Vaccination in the Punjab 1897-1904 - 1897-1904
Year: 1897
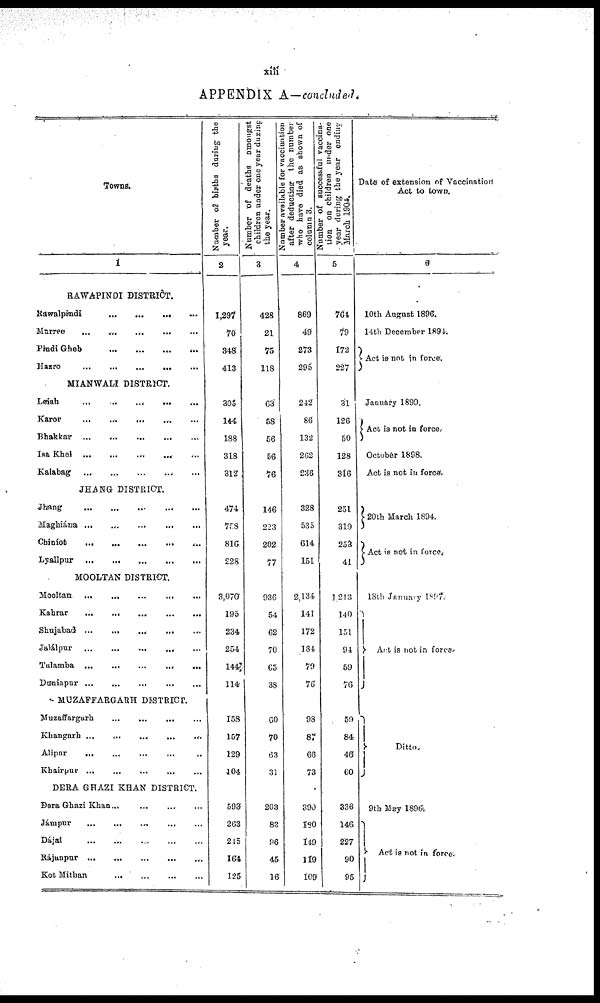
xiii
APPENDIX A—concluded.
Towns.
1
RAWAPINDI DISTRICT.
Rawalpindi
...
...
...
...
Murree
...
...
...
...
...
Pindi Gheb
...
...
...
...
Hazro
...
...
...
...
...
MIANWALI DISTRICT.
Leiah
...
...
...
...
...
Karor
...
...
... ... ...
Bhakkar ...
...
...
...
...
Isa Khel ... ... ... ... ...
Kalabag
...
...
...
...
...
JHANG DISTRICT.
Jhang
...
...
... ... ...
Maghiána ...
...
Chiníot
...
...
...
...
...
Lyallpur
...
...
...
...
...
MOOLTAN DISTRICT.
Mooltan ... ... ... ... ...
Kahrar ... ... ... ... ...
Shujabad
...
...
...
...
...
Jalálpur
...
...
...
...
...
Tulamba
...
...
...
...
...
Duniapnr ... ... ... ... ...
MUZAFFARGARH DISTRICT.
Muzaffargarh ... ... ... ...
Khangarh
...
...
...
...
...
Alipur ... ... ... ... ...
Khairpur ... ... ... ... ...
DERA GHAZI KHAN DISTRICT.
Dera Ghazi Khan... ... ... ...
Jámpur
...
...
...
...
...
Dájal
...
...
...
...
...
Rájanpur ...
...
...
...
...
Kot Mithan
...
...
...
...
...
Number of births during the
year.
2
1,297
70
348
413
305
144
88
318
312
474
758
816
228
3,070
195
234
254
144
114
158
157
129
404
593
263
215
164
125
Number of deaths amongst
children under one year during
the year.
3
428
21
75
118
63
58
56
56
76
146
223
202
77
936
54
62
70
65
38
60
70
63
31
203
83
96
45
16
Number available for vaccination
after deducting the number
who have died as shown of
column 3.
4
869
49
273
295
242
86
132
262
236
328
535
614
151
2,134
141
172
134
79
76
98
87
66
73
390
180
149
119
109
Number of successful vaccina-
tion on children under one
year during the year ending
March 1904.
5
764
79
172
227
31
126
50
128
316
251
319
253
41
1,213
140
151
94
59
76
59
84
46
60
336
146
227
90
95
Date of extension of Vaccination
Act to town.
6
10th August 1896.
14th December 1894.
Act is not in force.
January 1899.
Act is not in force.
October 1898.
Act is not in force.
20th March 1894.
Act is not in force.
18th January 1897.
Act is not in force.
Ditto
9th May 1896.
Act is not in force.